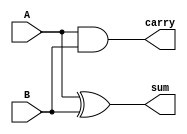
`timescale 1ns/1ns
module HA(
    input           A            ,
    input           B            ,
    output          sum          ,
    output          carry           //           
);

   assign sum = A ^ B;
   assign carry = A & B;

endmodule // HA